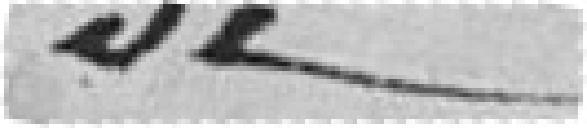
de